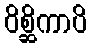
ဝိစ္ဆိကာပိ